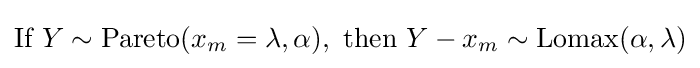
{\text{If }}Y\sim \operatorname {Pareto} (x_{m}=\lambda ,\alpha ),{\text{ then }}Y-x_{m}\sim \operatorname {Lomax} (\alpha ,\lambda )